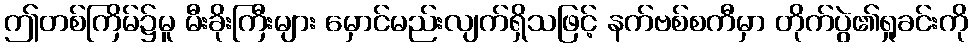
ဤတစ်ကြိမ်၌မူ မီးခိုးကြီးများ မှောင်မည်းလျက်ရှိသဖြင့် နက်ဗစ်စကီမှာ တိုက်ပွဲ၏ရှုခင်းကို